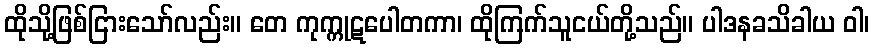
ထိုသို့ဖြစ်ငြားသော်လည်း။ တေ ကုက္ကုဋပေါတကာ၊ ထိုကြက်သူငယ်တို့သည်။ ပါဒနခသိခါယ ဝါ၊